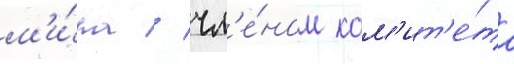
м'и́ра / чл'е́ном ком'ит'е́та